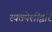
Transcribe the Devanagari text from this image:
रक्तपेशींद्वारे